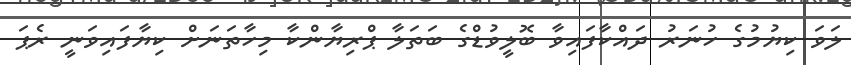
ލަވަ ކިޔުމުގެ ހުނަރު ދައްކާފައިވާ ބޮލީވުޑްގެ ބަތަލާ ޕްރިޔާންކާ މިހާތަނަށް ކިޔާފައިވަނީ ރެޕަ